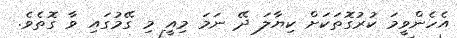
އެހެންވީމަ ކުރުގޮތަކަށް ކިޔާލަ ދޭ ނަމަ މިއީ މި ގޭމުގައި ވާ ގޮތެވެ.